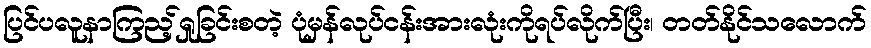
ပြင်ပလူနာကြည့်ရှုခြင်းစတဲ့ ပုံမှန်လုပ်ငန်းအားလုံးကိုရပ်လိုက်ပြီး၊ တတ်နိုင်သလောက်